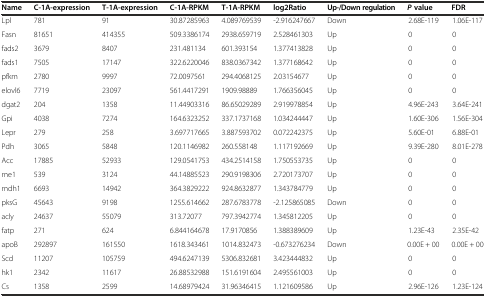
<table><thead><tr><td><b>Name</b></td><td><b>C-1A-expression</b></td><td><b>T-1A-expression</b></td><td><b>C-1A-RPKM</b></td><td><b>T-1A-RPKM</b></td><td><b>log2Ratio</b></td><td><b>Up-/Down regulation</b></td><td><b><i>P</i>value</b></td><td><b>FDR</b></td></tr></thead><tbody><tr><td>Lpl</td><td>781</td><td>91</td><td>30.87285963</td><td>4.089769539</td><td>-2.916247667</td><td>Down</td><td>2.68E-119</td><td>1.06E-117</td></tr><tr><td>Fasn</td><td>81651</td><td>414355</td><td>509.3386174</td><td>2938.659719</td><td>2.528461303</td><td>Up</td><td>0</td><td>0</td></tr><tr><td>fads2</td><td>3679</td><td>8407</td><td>231.481134</td><td>601.393154</td><td>1.377413828</td><td>Up</td><td>0</td><td>0</td></tr><tr><td>fads1</td><td>7505</td><td>17147</td><td>322.6220046</td><td>838.0367342</td><td>1.377168642</td><td>Up</td><td>0</td><td>0</td></tr><tr><td>pfkm</td><td>2780</td><td>9997</td><td>72.0097561</td><td>294.4068125</td><td>2.03154677</td><td>Up</td><td>0</td><td>0</td></tr><tr><td>elovl6</td><td>7719</td><td>23097</td><td>561.4417291</td><td>1909.98889</td><td>1.766356045</td><td>Up</td><td>0</td><td>0</td></tr><tr><td>dgat2</td><td>204</td><td>1358</td><td>11.44903316</td><td>86.65029289</td><td>2.919978854</td><td>Up</td><td>4.96E-243</td><td>3.64E-241</td></tr><tr><td>Gpi</td><td>4038</td><td>7274</td><td>164.6323252</td><td>337.1737168</td><td>1.034244447</td><td>Up</td><td>1.60E-306</td><td>1.56E-304</td></tr><tr><td>Lepr</td><td>279</td><td>258</td><td>3.697717665</td><td>3.887593702</td><td>0.072242375</td><td>Up</td><td>5.60E-01</td><td>6.88E-01</td></tr><tr><td>Pdh</td><td>3065</td><td>5848</td><td>120.1146982</td><td>260.558148</td><td>1.117192669</td><td>Up</td><td>9.39E-280</td><td>8.01E-278</td></tr><tr><td>Acc</td><td>17885</td><td>52933</td><td>129.0541753</td><td>434.2514158</td><td>1.750553735</td><td>Up</td><td>0</td><td>0</td></tr><tr><td>me1</td><td>539</td><td>3124</td><td>44.14885523</td><td>290.9198306</td><td>2.720173707</td><td>Up</td><td>0</td><td>0</td></tr><tr><td>mdh1</td><td>6693</td><td>14942</td><td>364.3829222</td><td>924.8632877</td><td>1.343784779</td><td>Up</td><td>0</td><td>0</td></tr><tr><td>pksG</td><td>45643</td><td>9198</td><td>1255.614662</td><td>287.6783778</td><td>-2.125865085</td><td>Down</td><td>0</td><td>0</td></tr><tr><td>acly</td><td>24637</td><td>55079</td><td>313.72077</td><td>797.3942774</td><td>1.345812205</td><td>Up</td><td>0</td><td>0</td></tr><tr><td>fatp</td><td>271</td><td>624</td><td>6.844164678</td><td>17.9170856</td><td>1.388389609</td><td>Up</td><td>1.23E-43</td><td>2.35E-42</td></tr><tr><td>apoB</td><td>292897</td><td>161550</td><td>1618.343461</td><td>1014.832473</td><td>-0.673276234</td><td>Down</td><td>0.00E + 00</td><td>0.00E + 00</td></tr><tr><td>Scd</td><td>11207</td><td>105759</td><td>494.6247139</td><td>5306.832681</td><td>3.423444832</td><td>Up</td><td>0</td><td>0</td></tr><tr><td>hk1</td><td>2342</td><td>11617</td><td>26.88532988</td><td>151.6191604</td><td>2.495561003</td><td>Up</td><td>0</td><td>0</td></tr><tr><td>Cs</td><td>1358</td><td>2599</td><td>14.68979424</td><td>31.96346415</td><td>1.121609586</td><td>Up</td><td>2.96E-126</td><td>1.23E-124</td></tr></tbody></table>